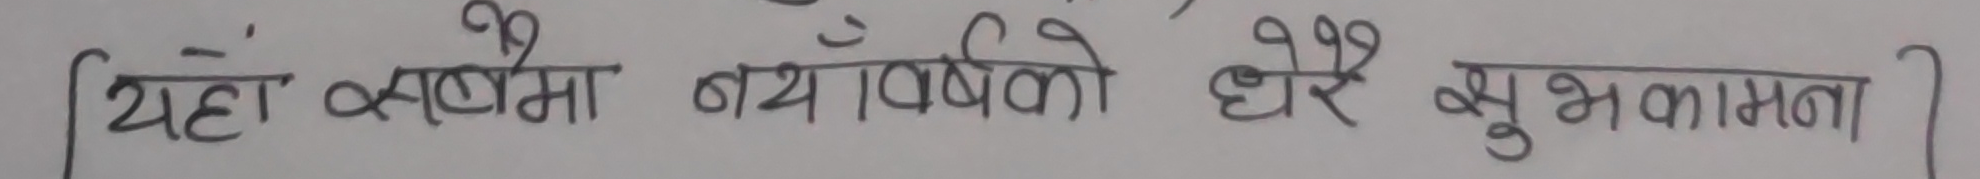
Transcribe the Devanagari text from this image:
यहाँ सबँमा नय वर्षको धेरै शुभकामना